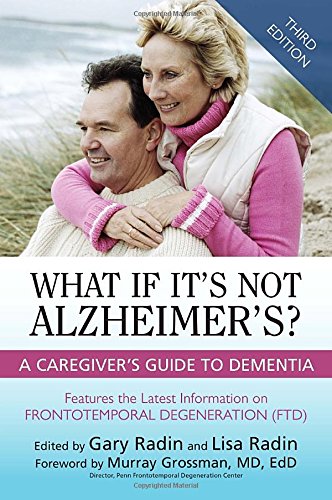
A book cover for What If It's Not Alzheimer's?: A Caregiver's Guide To Dementia (3rd Edition); Health, Fitness & Dieting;